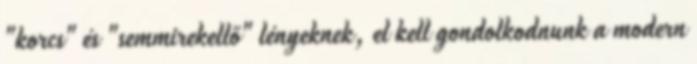
"korcs" és "semmirekellő" lényeknek, el kell gondolkodnunk a modern